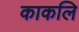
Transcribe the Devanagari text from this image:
काकलि